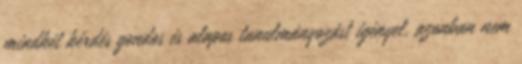
mindkét kérdés gondos és alapos tanulmányozást igényel, azonban nem